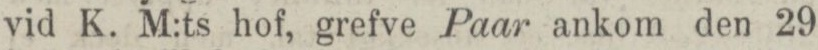
vid K. M:ts hof, grefve Paar ankom den 29